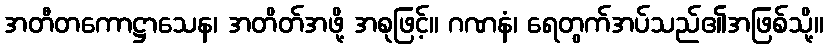
အတီတကောဋ္ဌာသေန၊ အတိတ်အဖို့ အစုဖြင့်။ ဂဏနံ၊ ရေတွက်အပ်သည်၏အဖြစ်သို့။